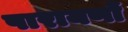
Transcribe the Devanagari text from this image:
पारायणों